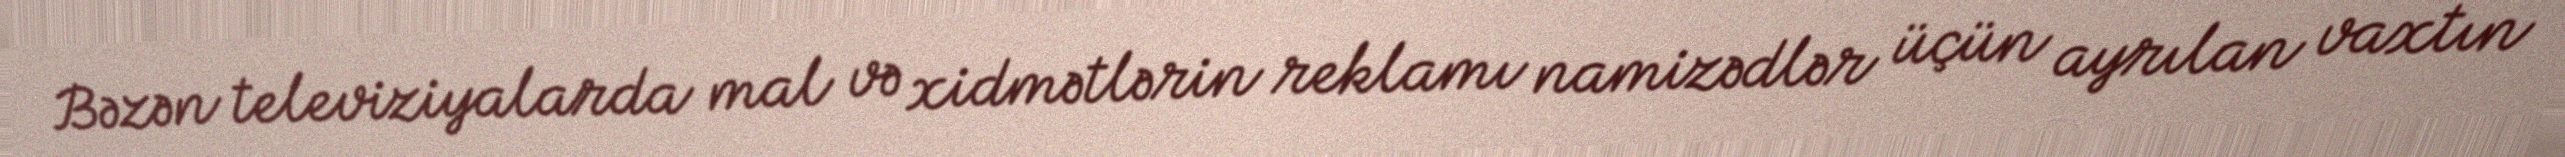
Bəzən televiziyalarda mal və xidmətlərin reklamı namizədlər üçün ayrılan vaxtın